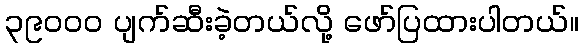
၃၉၀၀၀ ပျက်ဆီးခဲ့တယ်လို့ ဖော်ပြထားပါတယ်။